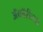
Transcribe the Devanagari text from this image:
अॅक्वॅरीच्या